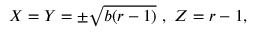
\begin{array} { r } { X = Y = \pm \sqrt { b ( r - 1 ) } \ , \ Z = r - 1 , } \end{array}